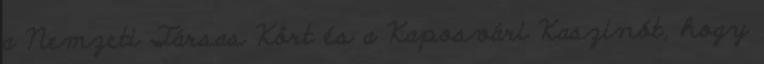
a Nemzeti Társas Kört és a Kaposvári Kaszinót, hogy